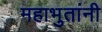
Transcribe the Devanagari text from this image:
महाभुतांनी